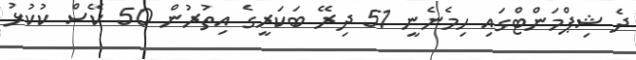
ދެ ޝިޕްމަންޓްގައި ހިމެނެނީ 51 ދިރޭ ބަކަރީގެ އިތުރުން 50 ކޭސް ކުކުޅު